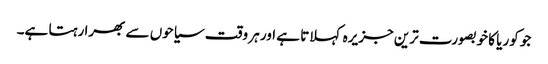
جو کوریا کا خوبصورت ترین جزیرہ کہلاتا ہے اور ہر وقت سیاحوں سے بھرا رہتا ہے۔